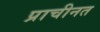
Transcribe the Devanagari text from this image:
प्राचीनत